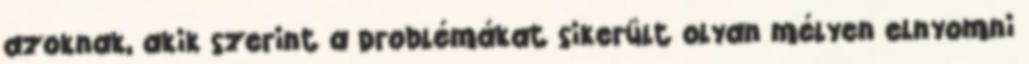
azoknak, akik szerint a problémákat sikerült olyan mélyen elnyomni